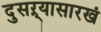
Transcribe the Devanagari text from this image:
दुसऱ्यासारखं